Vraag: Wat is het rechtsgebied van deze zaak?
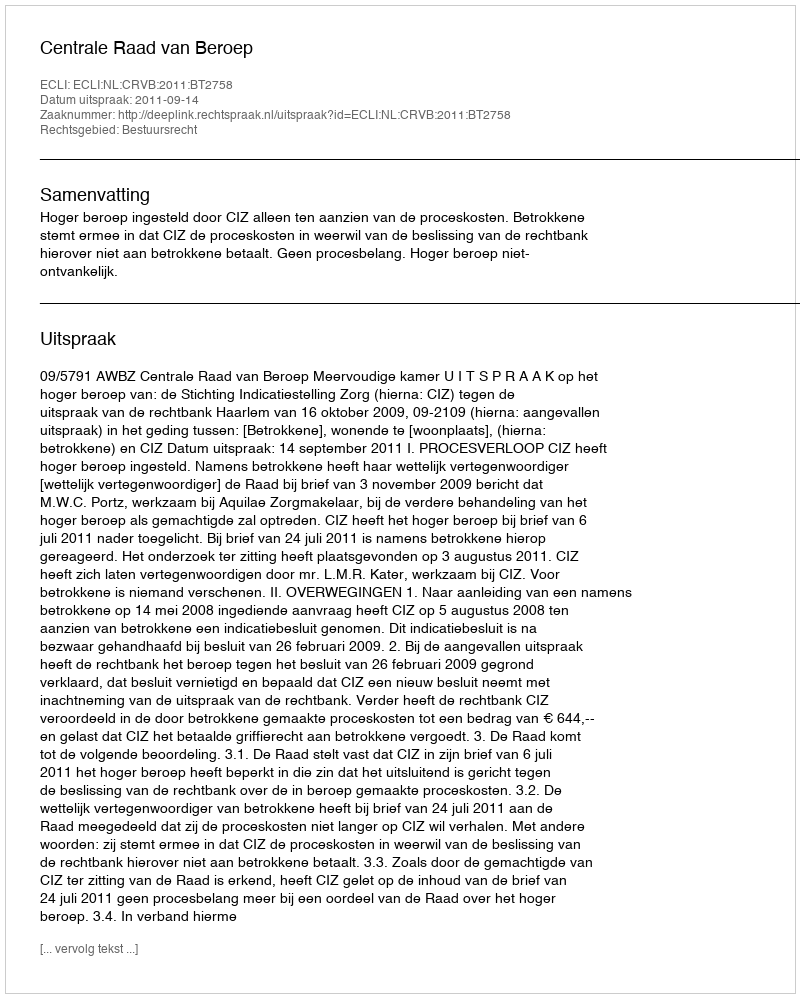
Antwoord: Bestuursrecht